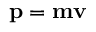
\mathbf { p } = \mathbf { m } \mathbf { v }